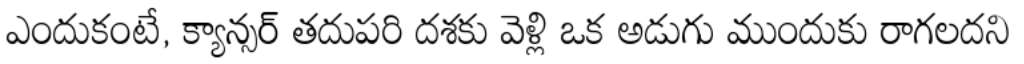
ఎందుకంటే, క్యాన్సర్ తదుపరి దశకు వెళ్లి ఒక అడుగు ముందుకు రాగలదని